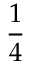
\frac { 1 } { 4 }